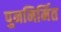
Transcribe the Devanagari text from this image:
पुननिर्मित